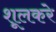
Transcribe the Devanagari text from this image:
शूलकरे